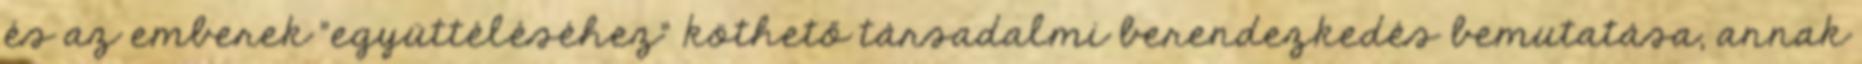
és az emberek "együttéléséhez" köthető társadalmi berendezkedés bemutatása, annak